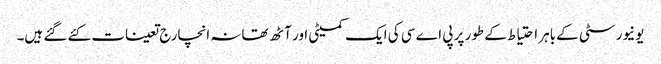
یونیورسٹی کےباہر احتیاط کے طور پر پی اے سی کی ایک کمیٹی اور آٹھ تھانہ انچارج تعینات کئے گئے ہیں۔